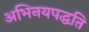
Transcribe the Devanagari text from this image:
अभिनयपद्धति